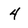
Character: 4